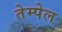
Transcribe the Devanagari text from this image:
तेम्पेल